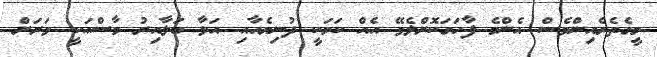
މީގެތެރެއިންވެސް އެންމެ ފާހަގަކޮށްލެވޭ އެއް ކަމަކީ ދުނިޔެއާއި އަޅާ ބަލާއިރު މާސްއަކީ ވަރަށް